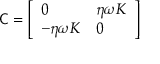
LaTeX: { \mathsf { C } } = { \left[ \begin{array} { l l } { 0 } & { \eta \omega K } \\ { - \eta \omega K } & { 0 } \end{array} \right] }